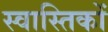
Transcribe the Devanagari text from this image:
स्वास्तिकों